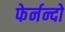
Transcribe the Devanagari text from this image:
फेर्नन्दो